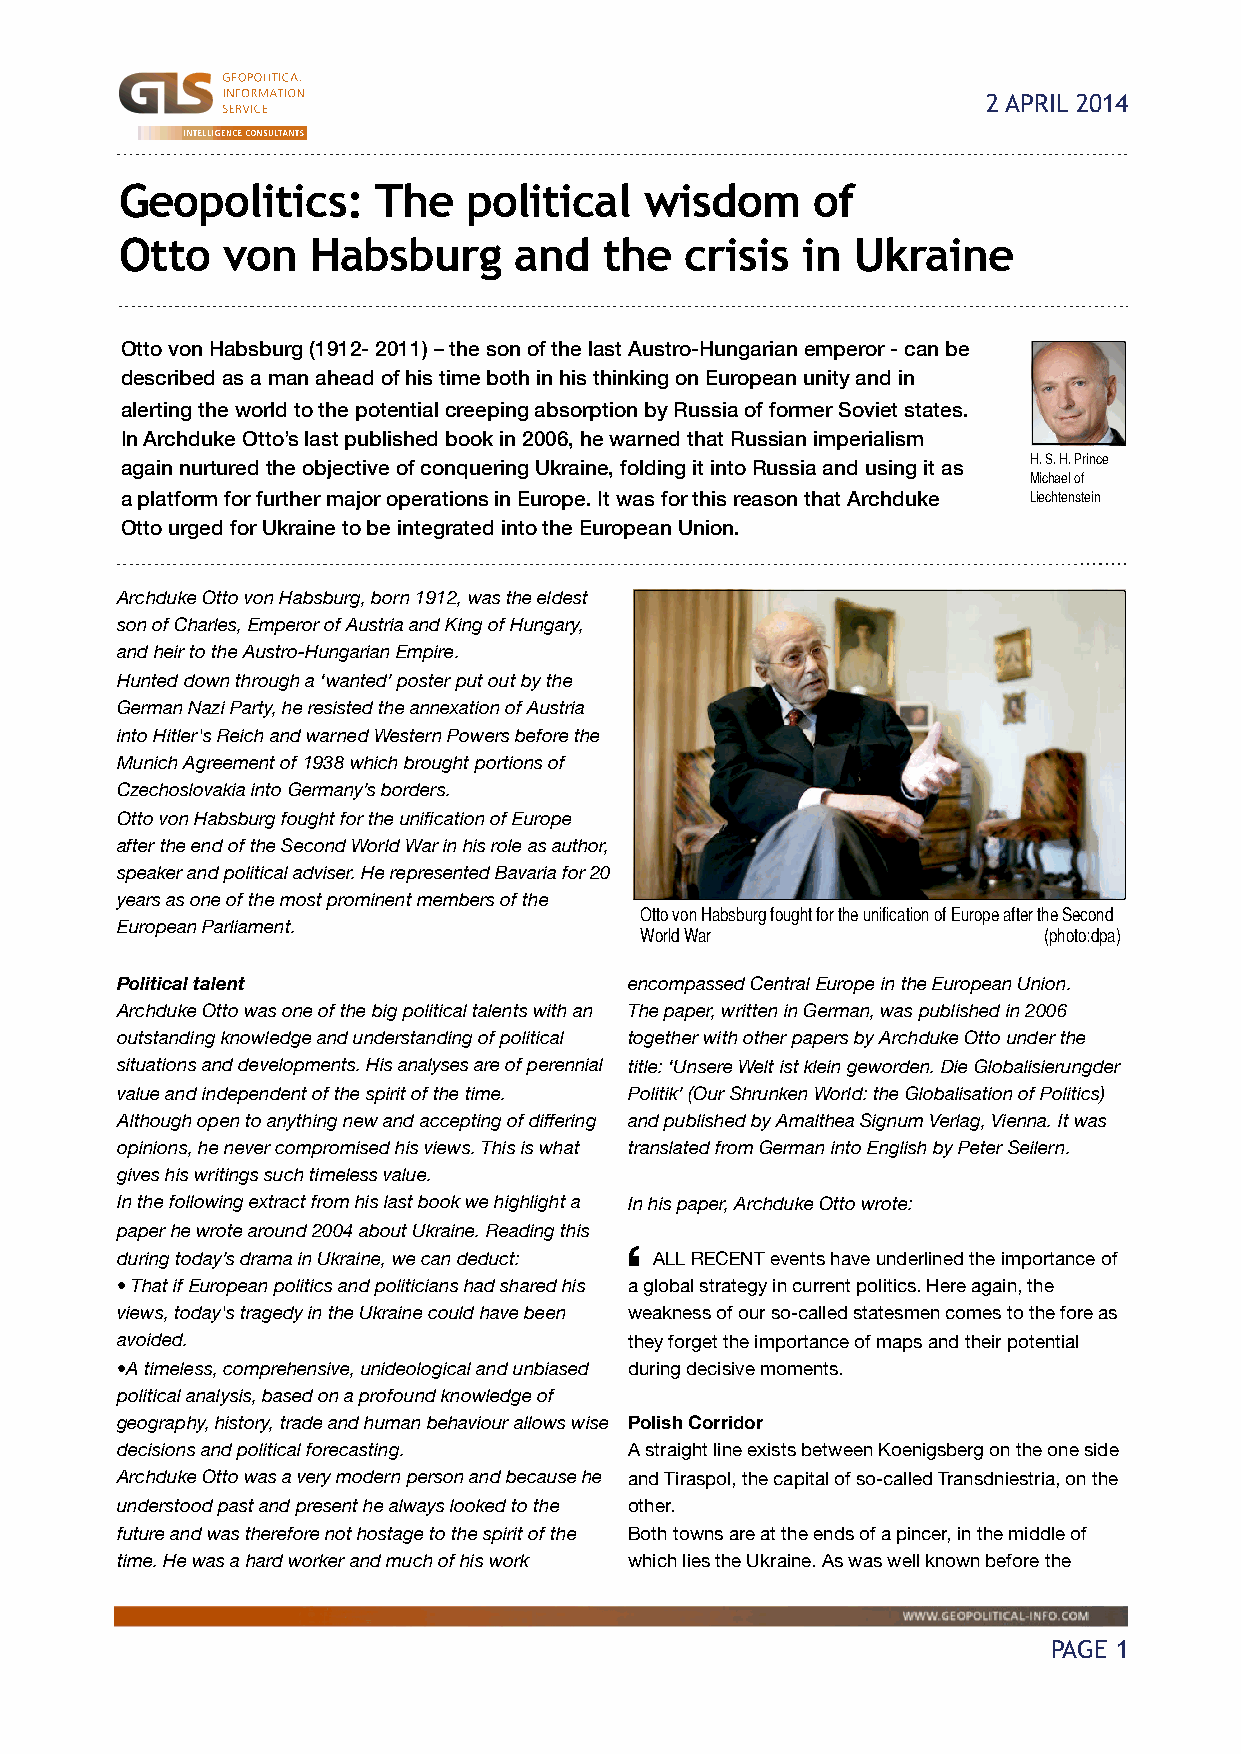
2 APRIL 2014
 Geopolitics:     The   political   wisdom     of
 Otto   von   Habsburg     and   the  crisis  in Ukraine
 Otto von Habsburg (1912- 2011) – the son of the last Austro-Hungarian emperor - can be
 described as a man ahead of his time both in his thinking on European unity and in
 alerting the world to the potential creeping absorption by Russia of former Soviet states.
 In Archduke Otto’s last published book in 2006, he warned that Russian imperialism
 again nurtured the objective of conquering Ukraine, folding it into Russia and using it as H. S. H. Prince
 Michael of
 a platform for further major operations in Europe. It was for this reason that Archduke Liechtenstein
 Otto urged for Ukraine to be integrated into the European Union.
 Archduke Otto von Habsburg, born 1912, was the eldest
 son of Charles, Emperor of Austria and King of Hungary,
 and heir to the Austro-Hungarian Empire.
 Hunted down through a ‘wanted’ poster put out by the
 German Nazi Party, he resisted the annexation of Austria
 into Hitler's Reich and warned Western Powers before the
 Munich Agreement of 1938 which brought portions of
 Czechoslovakia into Germany’s borders.
 Otto von Habsburg fought for the unification of Europe
 after the end of the Second World War in his role as author,
 speaker and political adviser. He represented Bavaria for 20
 years as one of the most prominent members of the
 Otto von Habsburg fought for the unification of Europe after the Second
 European Parliament.
 World War                  (photo:dpa)
 Political talent                  encompassed Central Europe in the European Union.
 Archduke Otto was one of the big political talents with an The paper, written in German, was published in 2006
 outstanding knowledge and understanding of political together with other papers by Archduke Otto under the
 situations and developments. His analyses are of perennial title: ‘Unsere Welt ist klein geworden. Die Globalisierungder
 value and independent of the spirit of the time. Politik’ (Our Shrunken World: the Globalisation of Politics)
 Although open to anything new and accepting of differing and published by Amalthea Signum Verlag, Vienna. It was
 opinions, he never compromised his views. This is what translated from German into English by Peter Seilern.
 gives his writings such timeless value.
 In the following extract from his last book we highlight a In his paper, Archduke Otto wrote:
 paper he wrote around 2004 about Ukraine. Reading this
 ʻ
 during today’s drama in Ukraine, we can deduct: ALL RECENT events have underlined the importance of
 • That if European politics and politicians had shared his a global strategy in current politics. Here again, the
 views, today's tragedy in the Ukraine could have been weakness of our so-called statesmen comes to the fore as
 avoided.                          they forget the importance of maps and their potential
 •A timeless, comprehensive, unideological and unbiased during decisive moments.
 political analysis, based on a profound knowledge of
 geography, history, trade and human behaviour allows wise Polish Corridor
 decisions and political forecasting. A straight line exists between Koenigsberg on the one side
 Archduke Otto was a very modern person and because he and Tiraspol, the capital of so-called Transdniestria, on the
 understood past and present he always looked to the other.
 future and was therefore not hostage to the spirit of the Both towns are at the ends of a pincer, in the middle of
 time. He was a hard worker and much of his work which lies the Ukraine. As was well known before the
 PAGE 1